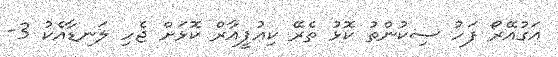
އަގުއޭރޯ ފަހު ސިކުންތު ކޮޅު ތެރޭ ކިއުޕީއާރް ކޮޅަށް ޖެހި ލަނޑާއެކު 3-